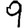
Digit: 9